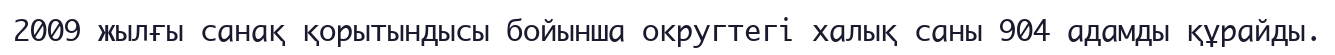
2009 жылғы санақ қорытындысы бойынша округтегі халық саны 904 адамды құрайды.